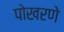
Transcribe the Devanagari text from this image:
पोखरणे